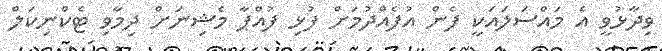
ވިދާޅުވީ އެ މައްސަލައަކީ ފެން އުފެއްދުމަށް ފުޅި ފުއްޕާ މެޝިނަށް ދިމާވި ޓެކްނިކަލް